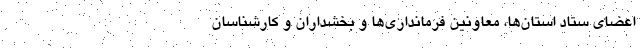
اعضای ستاد استان‌ها، معاونین فرمانداری‌ها و بخشداران و کارشناسان